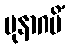
ပုနာဂမိံ